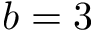
b = 3